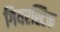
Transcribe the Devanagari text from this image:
गियरस्टिक